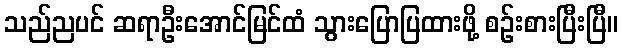
သည်ညပင် ဆရာဦးအောင်မြင်ထံ သွားပြောပြထားဖို့ စဉ်းစားပြီးပြီ။